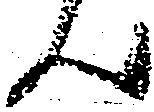
ん